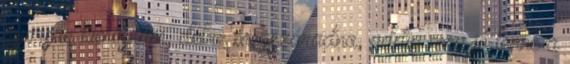
gyorsan kimosnám, délre megszáradna, addig meg jó lenne a